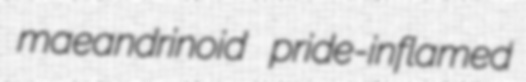
maeandrinoid pride-inflamed